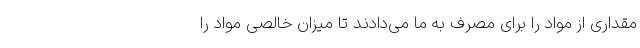
مقداری از مواد را برای مصرف به ما می‌دادند تا میزان خالصی مواد را